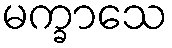
မက္ခာသေ